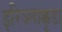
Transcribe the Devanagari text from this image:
इरिञ्लाक्कुडा